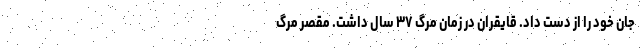
جان خود را از دست داد. قایقران در زمان مرگ ۳۷ سال داشت. مقصر مرگ